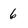
Character: 6